Report on vaccination in the Province of Bengal - 1874-1889
Year: 1874
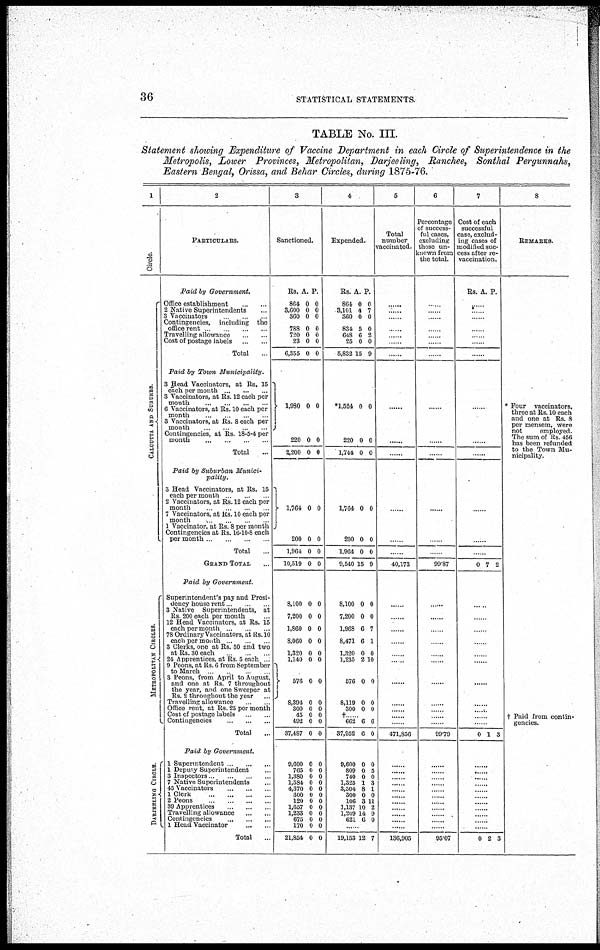
36
STATISTICAL STATEMENTS.
TABLE No. III.
Statement showing Expenditure of Vaccine Department in each Circle of Superintendence in the
Metropolis, Lower Provinces, Metropolitan, Darjeeling, Ranchee, Sonthal Pergunnahs,
Eastern Bengal, Orissa, and Behar Circles, during 1875-76.
1
Circle.
CAL CUT T A AND S UBURBS .
METROPOLITAN CIRCLES.
DARJEELING CIRCLE.
2
PARTICULARS.
Paid by Government.
Office establishment
...
...
2 Native Superintendents...
3 "Vaccinators
..
Contingencies, including the
office rent ..
...
Travelling allowance
...
...
Cost of postage labels
...
...
Total .
Paid by Town
Municipality.
3 Head Vaccinators, at Rs. 15
each per month ..
...
.
3 Vaccinators, at Rs. 12 each per
month ... ..
6 Vaccinators, at Rs. 10 each per
month. . . .
3 Vaccinators, at Rs. 8 each per
month... ...
Contingencies, at Rs. 18-5-4 per
month ...
...
...
...
Total...
Paid by Suburban Munici-
pality.
3 Head Vaccinators, at Rs. 15
each per month
2 Vaccinators, at Rs. 12 each per
month
7 Vaccinators, at Rs. 10 each per
month
1 Vaccinator, at Rs. 8 per month
Contingencies at Rs. 16-10-8 each
per month...
...
..
.
Total...
GRAND TOTAL...
Paid by Government.
Superintendent's pay and Presi-
dency house rent
3 Native Superintendents, at
Rs 200 each per month
12 Head Vaccinators, at Rs. 15
each per month .. .. . .
78 Ordinary Vaccinators, at Rs.10
each per month. .
3 Clerks, one at Rs. 50 and two
at Rs. 30 each
21 Apprentices, at Rs 5 each ..
9 Peons, at Rs. 6 from September
to March... ...
3 Peons, from April to August,
and one at Rs. 7 throughout
the year, and one Sweeper at
Rs. 2 throughout the year...
Travelling allowance .
Office rent, at Rs. 25 per month
Cost of postage labels..
Contingencies
...
...
Total...
Paid by Government.
1 Superintendent ... ...
1 Deputy Superintendent...
3 Inspectors
...
7 Native Superintendents.
45
Vaccinators...
...
1
Clerk...
...
2 Peons .
39 Apprentices... ...
Travelling allowance...
...
Contingencies...
...
1 Head Vaccinator...
...
Total...
3
Sanctioned.
Rs.
864
3,600
360
788
720
23
6,355
1,980
220
2,200
A.
0
0
0
0
0
0
0
0
0
0
P.
0
0
0
0
0
0
0
0
0
0
1,764
200
1,964
10,519
8,100
7,200
1,860
8,060
1,320
1,140
576
8,394
300
45
492
37,487
0
0
0
0
0
0
0
0
0
0
0
0
0
0
0
0
0
0
0
0
0
0
0
0
0
0
0
0
0
0
0
0
9,600
765
1,380
1,584
4,370
300
120
1,657
1,233
675
170
21,854
0
0 0
0
0
0
0
0
0
0 0
0
0
0
0
0
0
0
0
0
0
0
0
0
4
Expended.
Rs.
864
3,101
360
834
648
25
5,832
*1,524
220
1,744
A.
0
4
0
5
6
0
15
0
0
0
P.
0
7
0
0
2
0
9
0
0
0
1,764
200
1,964
9,540
8,100
7,200
1,968
8,471
1,320
1,235
576
8,119
300
0
0
0
15
0
0
6
6
0
2
0
0
0
0
0
0
9
0
0
7
1
0
10
0
0
0
† 662
37,952
6
6
6
0
9,600
809
740
1,325
3,304
300
106
1,137
1,209
621
0
0
0
1
8
0
3
10
14
6
0
5
0
3
1
0
11
2
9
0
...
19,153 12 7
5
Total
number
vaccinated.
......
......
......
...
......
......
......
...
...
...
...
...
40,173
...
...
...
...
...
...
...
...
...
...
..
471,850
......
......
......
......
......
......
......
......
......
......
...
136,905
6
Percentage
of success-
ful cases,
excluding
those un-
known from
the total.
...
...
......
......
. ... .
... ..
... ...
......
...
...
...
...
...
99.87
...
...
...
...
...
...
...
...
...
...
...
99.79
......
......
......
......
......
......
......
......
......
......
95.07
7
Cost of each
successful
case, exclud-
ing cases of
modified suc-
cess after re-
vaccination.
Rs. A. P.
...
...
...
......
... .
......
......
... ..
...
...
... ..
...
...
0 7 2
...
...
...
...
...
...
...
...
...
...
...
0 1 3
......
......
......
......
......
......
......
......
......
......
......
0 2 3
8
REMARKS.
* Four vaccinators,
three at Rs. 10 each
and one at Rs. 8
per mensem, were
not
employed.
The sum of Rs. 456
has been refunded
to the Town Mu-
nicipality.
Paid from contin-
gencies.